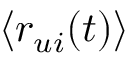
\langle r _ { u i } ( t ) \rangle